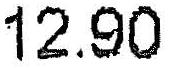
12.90